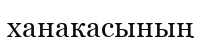
ханакасының